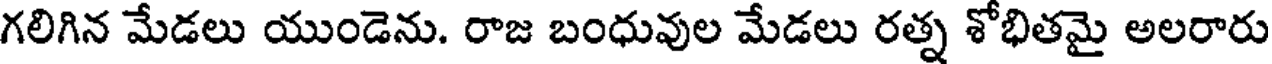
గలిగిన మేడలు యుండెను. రాజ బంధువుల మేడలు రత్న శోభితమై అలరారు